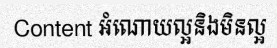
Content អំណោយល្អនិងមិនល្អ